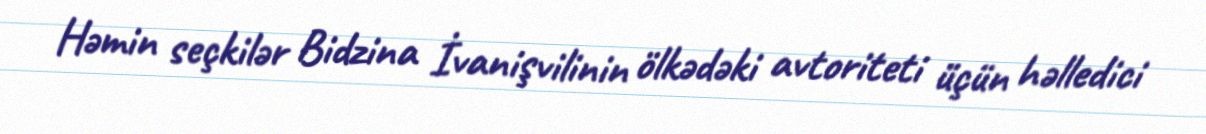
Həmin seçkilər Bidzina İvanişvilinin ölkədəki avtoriteti üçün həlledici